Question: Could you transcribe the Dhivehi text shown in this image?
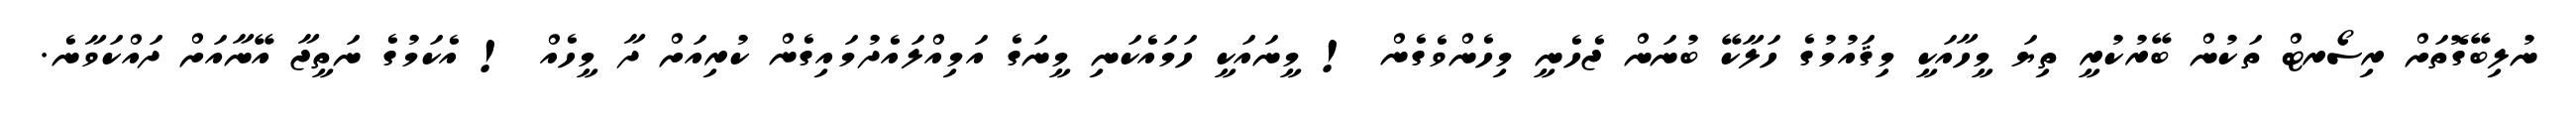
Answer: ނުލިބޭގޮތަށް ރިސޯރޓް ތަކުން ބޭރުކުރީ ތިޔަ މީހާއަކީ މިޤައުމުގެ ހަލާކޭ ބުނަން ޖެހެނީ މިހެންވެގެން ! މީނައަކީ ހަމައެކަނި މީނަގެ އަމިއްލައެދުމައިގެން ކުރިއަށް ދާ މީހެއް ! އެކަމުގެ ނަތީޖާ އޭނާއަށް ދައްކަވާނެ.